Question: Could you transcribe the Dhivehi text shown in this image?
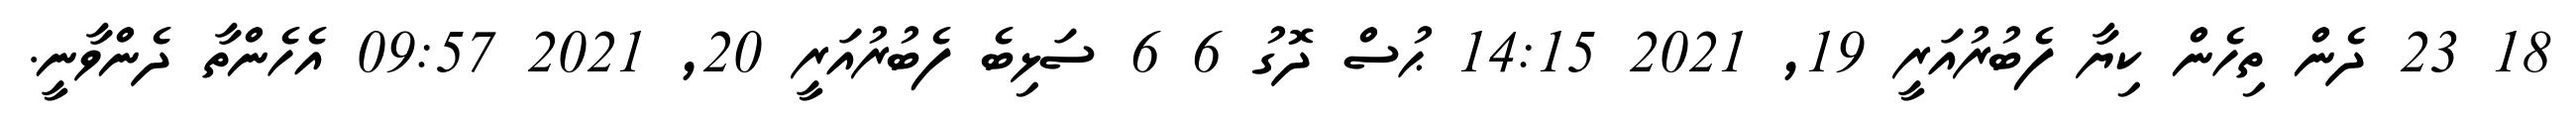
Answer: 18 23 ދެން ތިހެން ކިޔާ ފެބުރުއަރީ 19, 2021 14:15 ޙުސް ދޮގު 6 6 ސަޅިބެ ފެބުރުއަރީ 20, 2021 09:57 އެހެންތާ ދެންވާނީ.